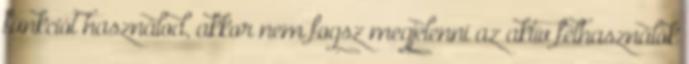
funkciót használod, akkor nem fogsz megjelenni az aktív felhasználók